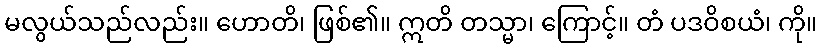
မလွယ်သည်လည်း။ ဟောတိ၊ ဖြစ်၏။ ဣတိ တသ္မာ၊ ကြောင့်။ တံ ပဒဝိစယံ၊ ကို။